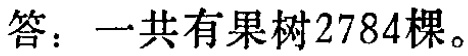
答：一共有果树\(2784\)棵。